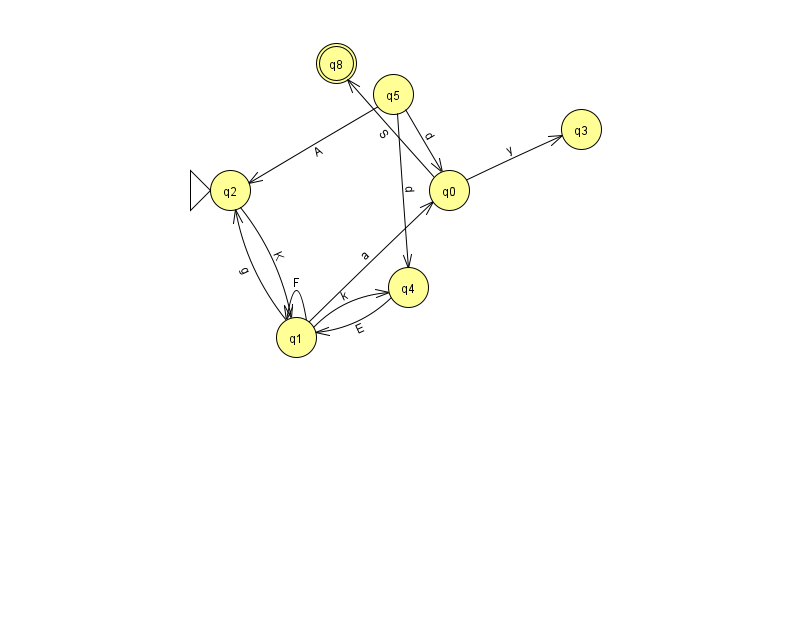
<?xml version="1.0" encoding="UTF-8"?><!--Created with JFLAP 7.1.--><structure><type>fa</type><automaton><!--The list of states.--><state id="0" name="q0"><x>449.0</x><y>177.0</y></state><state id="1" name="q1"><x>296.0</x><y>324.0</y></state><state id="2" name="q2"><x>230.0</x><y>177.0</y><initial/></state><state id="3" name="q3"><x>581.0</x><y>116.0</y></state><state id="4" name="q4"><x>408.0</x><y>274.0</y></state><state id="5" name="q5"><x>393.0</x><y>81.0</y></state><state id="8" name="q8"><x>336.0</x><y>50.0</y><final/></state><!--The list of transitions.--><transition><from>1</from><to>4</to><read>k</read></transition><transition><from>5</from><to>2</to><read>A</read></transition><transition><from>5</from><to>4</to><read>d</read></transition><transition><from>1</from><to>0</to><read>a</read></transition><transition><from>1</from><to>1</to><read>F</read></transition><transition><from>2</from><to>1</to><read>K</read></transition><transition><from>5</from><to>0</to><read>d</read></transition><transition><from>0</from><to>3</to><read>y</read></transition><transition><from>1</from><to>2</to><read>g</read></transition><transition><from>4</from><to>1</to><read>E</read></transition><transition><from>0</from><to>8</to><read>S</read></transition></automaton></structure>